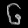
Digit: ၆